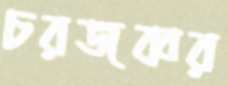
চরজব্বর